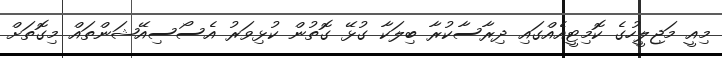
މިއީ މަޖިލީހުގެ ކޮމިޓީއެއްގައި ދިރާސާކުރާ ބިލަކާ ގުޅޭ ގޮތުން ކުޅިވަރު އެސޯސިއޭޝަންތައް މިގޮތަށް